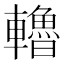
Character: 𨏗